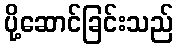
ပို့ဆောင်ခြင်းသည်